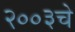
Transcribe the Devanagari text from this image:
२००३चे